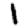
Digit: 1